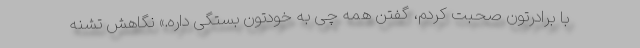
با برادرتون صحبت کردم، گفتن همه چی به خودتون بستگی داره.» نگاهش تشنه